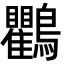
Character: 鸜